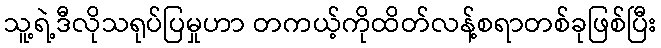
သူ့ရဲ့ဒီလိုသရုပ်ပြမှုဟာ တကယ့်ကိုထိတ်လန့်စရာတစ်ခုဖြစ်ပြီး